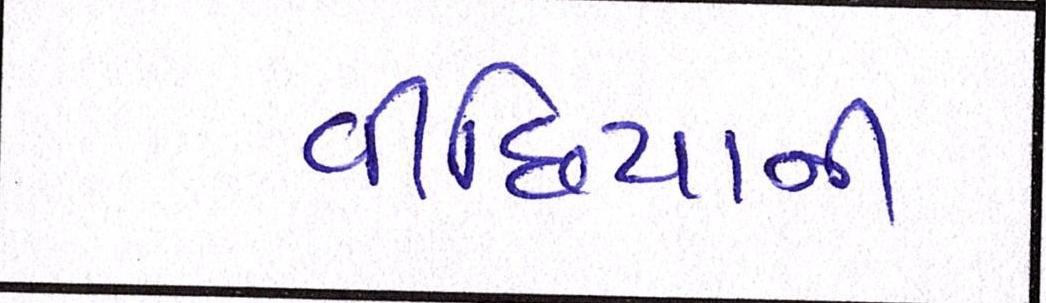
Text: વીંછિયાની